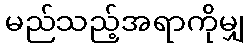
မည်သည့်အရာကိုမျှ